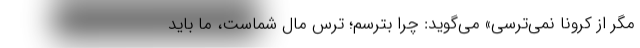
مگر از کرونا نمی‌ترسی» می‌گوید: چرا بترسم؛ ترس مال شماست، ما باید